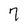
Character: 7